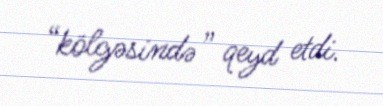
“kölgəsində” qeyd etdi.